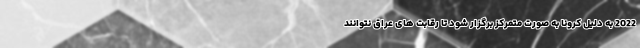
2022 به دلیل کرونا به صورت متمرکز برگزار شود تا رقابت های عراق نتوانند